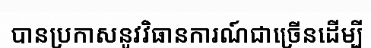
បានប្រកាសនូវវិធានការណ៍ជាច្រើនដើម្បី